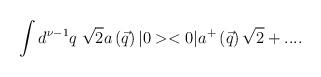
LaTeX: \begin{align*}\int d^{\nu-1}q\;\sqrt{2} a\left(\vec{q}\right)|0><0|a^{+}\left(\vec{q}\right)\sqrt{2} +....\end{align*}